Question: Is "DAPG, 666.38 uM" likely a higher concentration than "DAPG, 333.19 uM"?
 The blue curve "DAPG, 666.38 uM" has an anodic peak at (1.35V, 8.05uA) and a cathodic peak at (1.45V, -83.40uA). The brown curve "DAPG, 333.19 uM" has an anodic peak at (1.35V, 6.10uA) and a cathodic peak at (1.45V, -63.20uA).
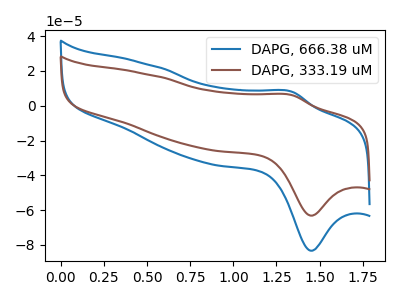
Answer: <think>All the peaks in "DAPG, 666.38 uM" have a peak in "DAPG, 333.19 uM" at the same potential. Every peak in "DAPG, 666.38 uM" is higher than every peak in "DAPG, 333.19 uM".
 </think>
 <answer>"DAPG, 666.38 uM" has more signal than "DAPG, 333.19 uM".</answer>
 <eval>more_signal</eval>